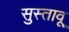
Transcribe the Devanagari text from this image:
सुस्तावू